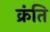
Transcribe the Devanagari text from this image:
क्रंति